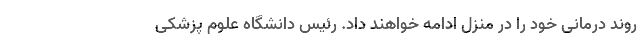
روند درمانی خود را در منزل ادامه خواهند داد. رئیس دانشگاه علوم پزشکی